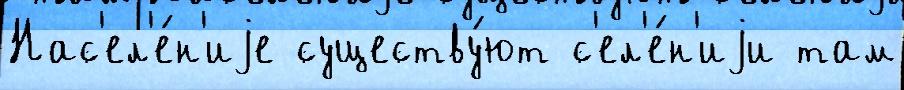
Нас'ел'е́н'иjе существу́ют с'ел'е́н'иjи там